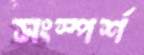
সংস্পর্শ